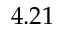
4 . 2 1